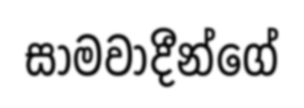
සාමවාදීන්ගේ